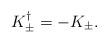
LaTeX: \begin{align*} K_{\pm}^{\dagger}=-K_{\pm}.\end{align*}